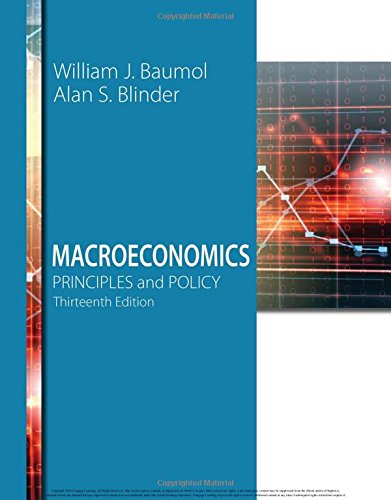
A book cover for Macroeconomics: Principles and Policy; William J. Baumol; Business & Money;